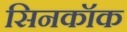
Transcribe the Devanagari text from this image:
सिनकॉक